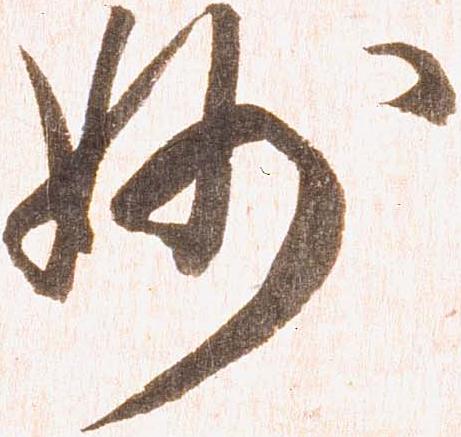
妙